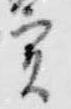
実